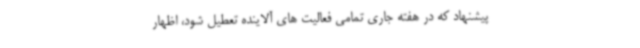
پیشنهاد که در هفته جاری تمامی فعالیت های آلاینده تعطیل شود، اظهار